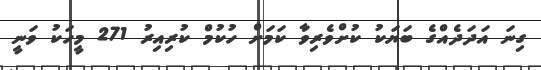
ގިނަ އަދަދެއްގެ ބަޔަކު ކުށްވެރިވާ ކަމަށް ހުކުމް ކުރިއިރު 271 މީހަކު ވަނީ